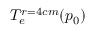
T _ { e } ^ { r = 4 c m } ( p _ { 0 } )